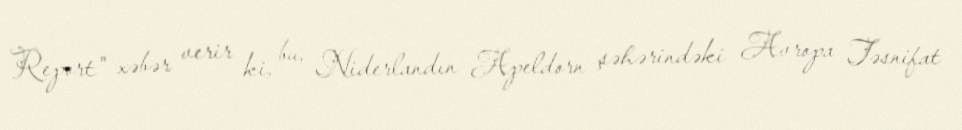
Report" xəbər verir ki, bu, Niderlandın Apeldorn şəhərindəki Avropa Təsnifat